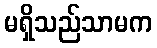
မရှိသည်သာမက